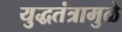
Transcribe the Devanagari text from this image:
युद्धतंत्रामुळे